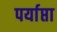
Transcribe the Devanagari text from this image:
पर्याप्ता